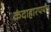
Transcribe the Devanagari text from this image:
कंदाहारपर्यंत